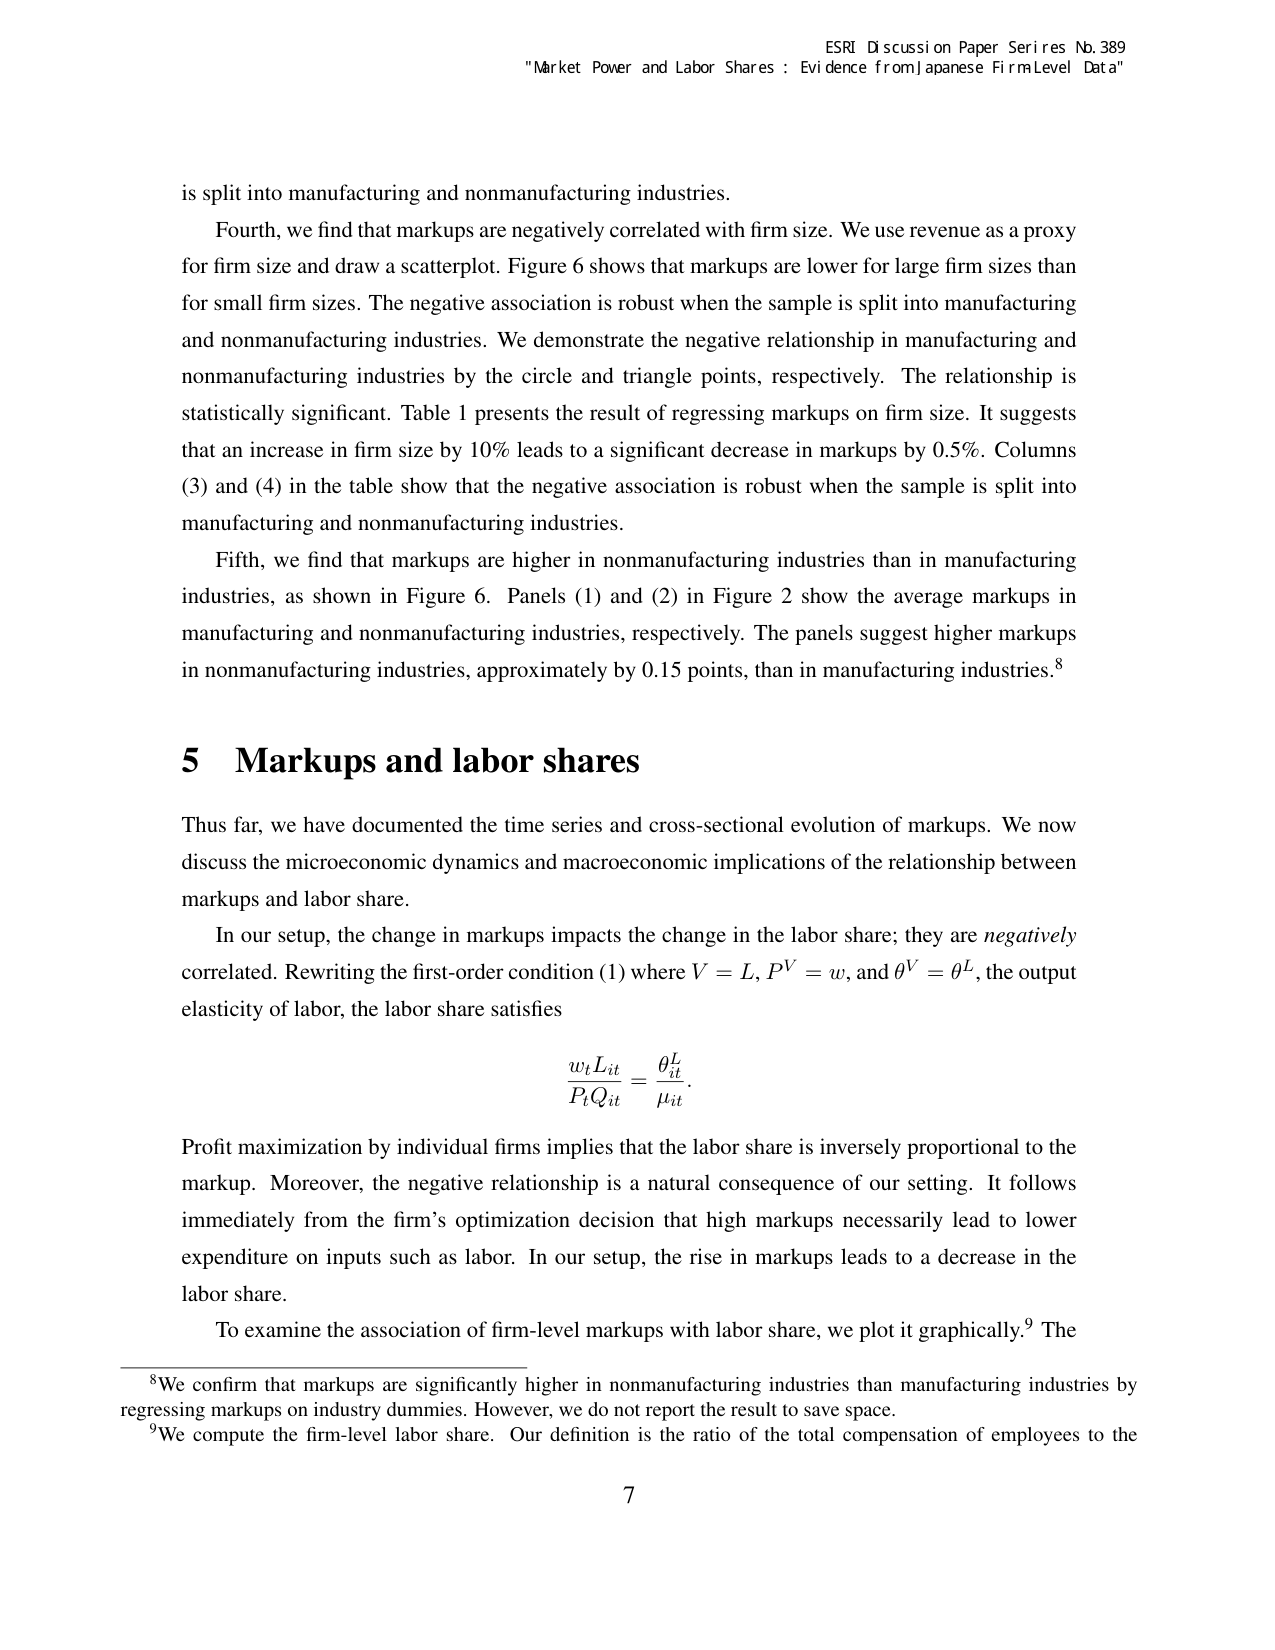
ESRI Discussion Paper Series No. 389
"Market Power and Labor Shares : Evidence from Japanese Firm Level Data"

is split into manufacturing and nonmanufacturing industries.

Fourth, we find that markups are negatively correlated with firm size. We use revenue as a proxy for firm size and draw a scatterplot. Figure 6 shows that markups are lower for large firm sizes than for small firm sizes. The negative association is robust when the sample is split into manufacturing and nonmanufacturing industries. We demonstrate the negative relationship in manufacturing and nonmanufacturing industries by the circle and triangle points, respectively. The relationship is statistically significant. Table 1 presents the result of regressing markups on firm size. It suggests that an increase in firm size by 10% leads to a significant decrease in markups by 0.5%. Columns (3) and (4) in the table show that the negative association is robust when the sample is split into manufacturing and nonmanufacturing industries.

Fifth, we find that markups are higher in nonmanufacturing industries than in manufacturing industries, as shown in Figure 6. Panels (1) and (2) in Figure 2 show the average markups in manufacturing and nonmanufacturing industries, respectively. The panels suggest higher markups in nonmanufacturing industries, approximately by 0.15 points, than in manufacturing industries.⁸

5 Markups and labor shares

Thus far, we have documented the time series and cross-sectional evolution of markups. We now discuss the microeconomic dynamics and macroeconomic implications of the relationship between markups and labor share.

In our setup, the change in markups impacts the change in the labor share; they are negatively correlated. Rewriting the first-order condition (1) where V = L, PV = w, and θV = θL, the output elasticity of labor, the labor share satisfies

w_t L_it / P_t Q_it = θ_it^L / μ_it

Profit maximization by individual firms implies that the labor share is inversely proportional to the markup. Moreover, the negative relationship is a natural consequence of our setting. It follows immediately from the firm’s optimization decision that high markups necessarily lead to lower expenditure on inputs such as labor. In our setup, the rise in markups leads to a decrease in the labor share.

To examine the association of firm-level markups with labor share, we plot it graphically.⁹ The

⁸We confirm that markups are significantly higher in nonmanufacturing industries than manufacturing industries by regressing markups on industry dummies. However, we do not report the result to save space.
⁹We compute the firm-level labor share. Our definition is the ratio of the total compensation of employees to the

7